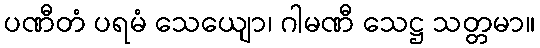
ပဏီတံ ပရမံ သေယျော၊ ဂါမဏီ သေဋ္ဌ သတ္တမာ။